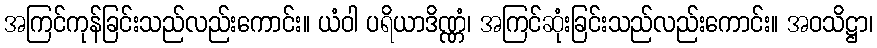
အကြင်ကုန်ခြင်းသည်လည်းကောင်း။ ယံဝါ ပရိယာဒိဏ္ဏံ၊ အကြင်ဆုံးခြင်းသည်လည်းကောင်း။ အဝသိဋ္ဌာ၊